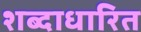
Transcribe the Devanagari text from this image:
शब्दाधारित